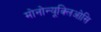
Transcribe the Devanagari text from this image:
मोनोन्यूक्लिओसि